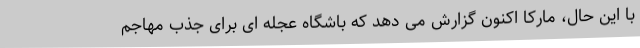
با این حال، مارکا اکنون گزارش می دهد که باشگاه عجله ای برای جذب مهاجم